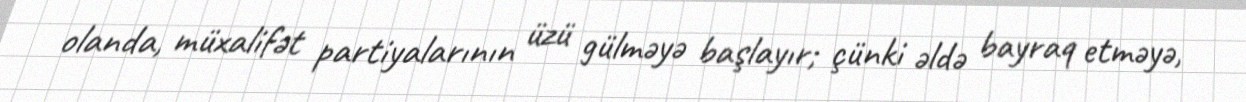
olanda, müxalifət partiyalarının üzü gülməyə başlayır; çünki əldə bayraq etməyə,